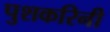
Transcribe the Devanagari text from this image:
पुशकरिनी